Civil Veterinary Department Bihar & Orissa reports 1929-36 - 1929-1936
Year: 1929
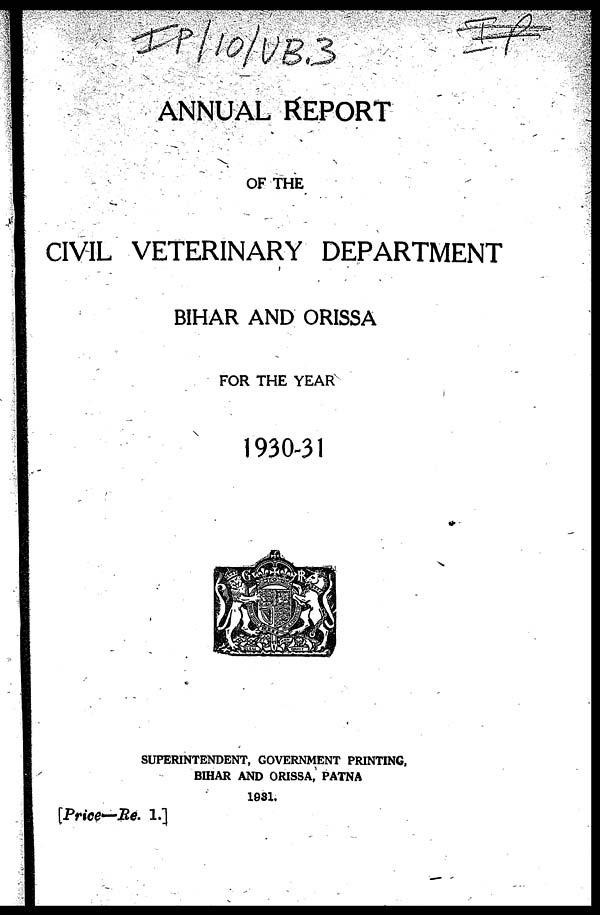
ANNUAL REPORT
OF THE
CIVIL VETERINARY DEPARTMENT
BIHAR AND ORISSA
FOR THE YEAR
1930-31
SUPERINTENDENT, GOVERNMENT PRINTING.
BIHAR AND ORISSA, PATNA
1931.
[Price—Re. 1.]